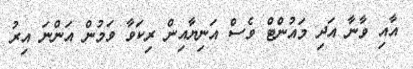
އާއި ވާނާ އަދި މައުންޓް ވެސް އަނިޔާއިން ރިކަވާ ވަމުން އަންނަ އިރު